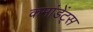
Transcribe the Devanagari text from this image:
कमांडेंट्स